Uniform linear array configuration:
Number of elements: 48
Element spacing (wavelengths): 0.75
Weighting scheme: uniform
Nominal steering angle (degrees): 45
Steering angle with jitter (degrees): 43.436
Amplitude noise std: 0.05
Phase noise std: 0.05

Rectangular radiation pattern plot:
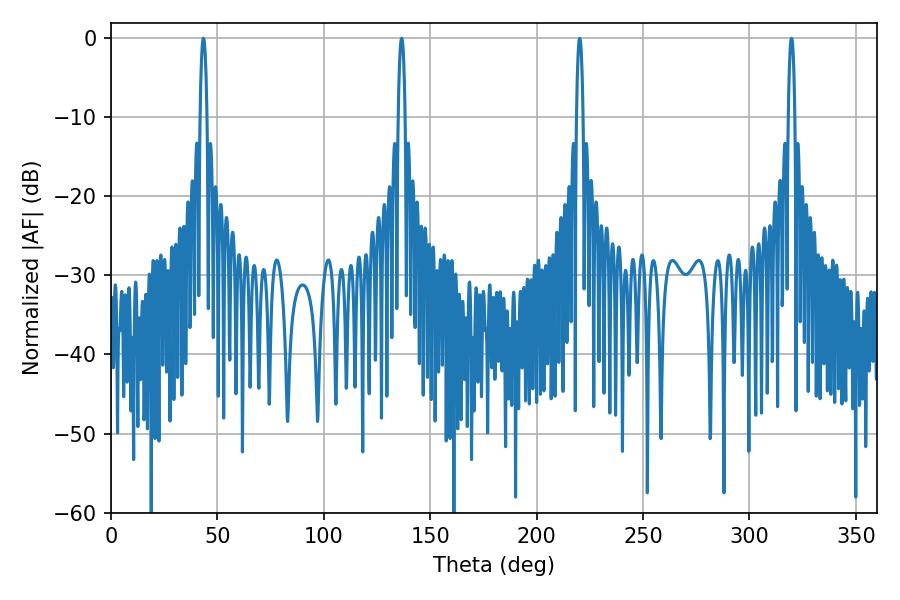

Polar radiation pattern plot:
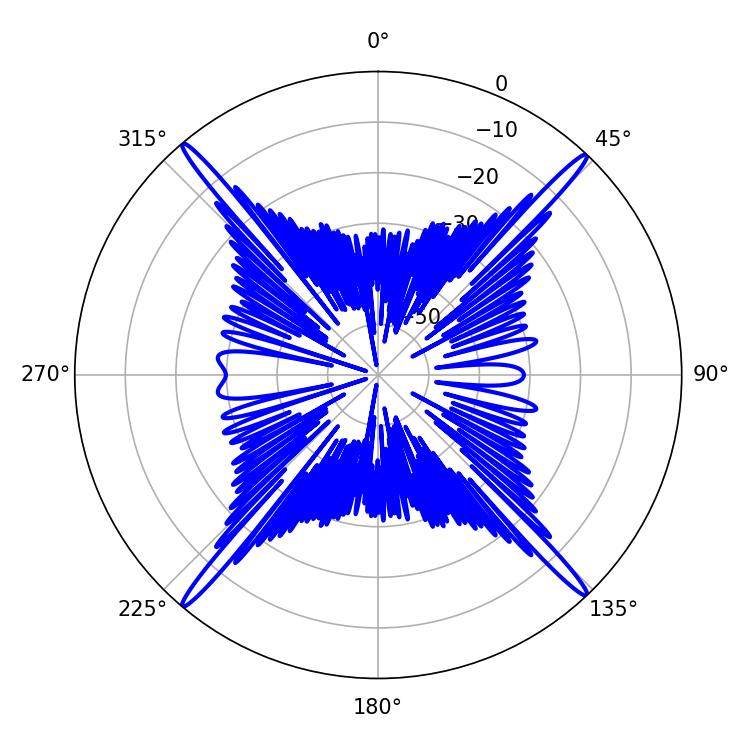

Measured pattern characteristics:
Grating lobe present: TRUE
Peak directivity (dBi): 25.86
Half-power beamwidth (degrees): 1.8
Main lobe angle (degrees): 43.38